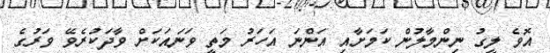
އޮވެ ލީގު ނިންމާލުން ކަމަށާއި އަންނަ އަހަރު މަތީ ވަނައަކަށް ވާދަކުރެވޭ ވަރުގެ